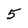
Character: 5